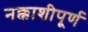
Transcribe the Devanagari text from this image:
नक्काशीपूर्ण